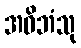
အဓိဘံသု